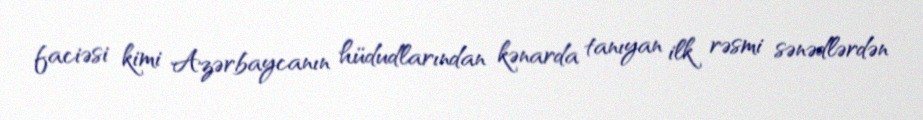
faciəsi kimi Azərbaycanın hüdudlarından kənarda tanıyan ilk rəsmi sənədlərdən